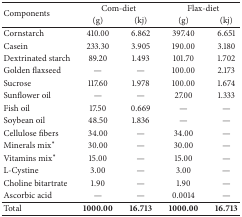
<table><thead><tr><td rowspan="2"><b>Components</b></td><td colspan="2"><b>Com-diet</b></td><td colspan="2"><b>Flax-diet</b></td></tr><tr><td><b>(g)</b></td><td><b>(kj)</b></td><td><b>(g)</b></td><td><b>(kj)</b></td></tr></thead><tbody><tr><td>Cornstarch</td><td>410.00</td><td>6.862</td><td>397.40</td><td>6.651</td></tr><tr><td>Casein</td><td>233.30</td><td>3.905</td><td>190.00</td><td>3.180</td></tr><tr><td>Dextrinated starch</td><td>89.20</td><td>1.493</td><td>101.70</td><td>1.702</td></tr><tr><td>Golden flaxseed</td><td>—</td><td>—</td><td>100.00</td><td>2.173</td></tr><tr><td>Sucrose</td><td>117.60</td><td>1.978</td><td>100.00</td><td>1.674</td></tr><tr><td>Sunflower oil</td><td>—</td><td>—</td><td>27.00</td><td>1.333</td></tr><tr><td>Fish oil</td><td>17.50</td><td>0.669</td><td>—</td><td>—</td></tr><tr><td>Soybean oil</td><td>48.50</td><td>1.836</td><td>—</td><td>—</td></tr><tr><td>Cellulose fibers</td><td>34.00</td><td>—</td><td>34.00</td><td>—</td></tr><tr><td>Minerals mix<sup><i>∗</i></sup></td><td>30.00</td><td>—</td><td>30.00</td><td>—</td></tr><tr><td>Vitamins mix<sup><i>∗</i></sup></td><td>15.00</td><td>—</td><td>15.00</td><td>—</td></tr><tr><td>L-Cystine</td><td>3.00</td><td>—</td><td>3.00</td><td>—</td></tr><tr><td>Choline bitartrate</td><td>1.90</td><td>—</td><td>1.90</td><td>—</td></tr><tr><td>Ascorbic acid</td><td>—</td><td>—</td><td>0.0014</td><td>—</td></tr><tr><td>Total</td><td><b>1000.00</b></td><td><b>16.713</b></td><td><b>1000.00</b></td><td><b>16.713</b></td></tr></tbody></table>